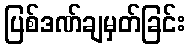
ပြစ်ဒဏ်ချမှတ်ခြင်း